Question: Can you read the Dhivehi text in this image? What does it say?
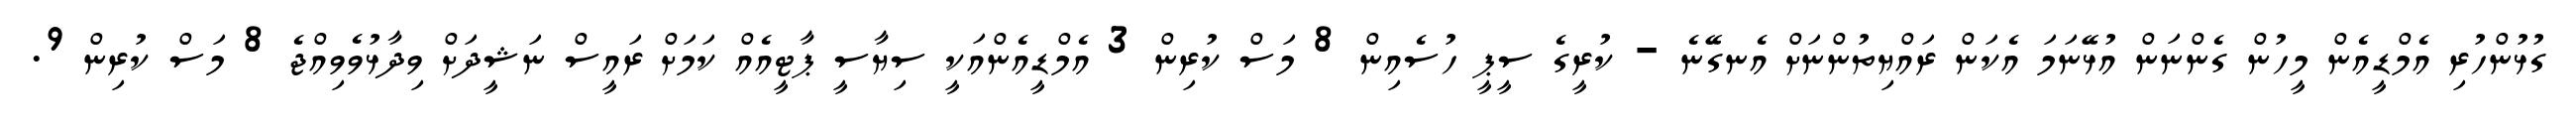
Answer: ގުޅުންހުރި އެމްޑީއެން މީހުން ގެންނަން އުޅޭނަމަ އެކަން ރައްޔިތުންނަށް އެނގޭނެ - ކުރީގެ ސީޕީ ހުސެއިން 8 މަސް ކުރިން 3 އެމްޑީއެންއަކީ ސިޔާސީ ޕާޓީއެއް ކަމަށް ރައީސް ނަޝީދަށް ވިދާޅުވެވިއްޖެ 8 މަސް ކުރިން 9.